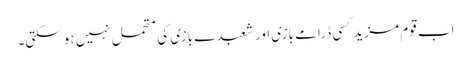
اب قوم مزید کسی ڈرامے بازی اور شعبدے بازی کی متحمل نہیں ہوسکتی۔